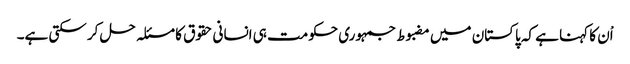
اْن کا کہنا ہے کہ پاکستان میں مضبوط جمہوری حکومت ہی انسانی حقوق کا مسئلہ حل کر سکتی ہے۔